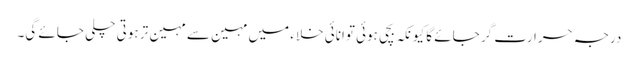
درجہ حرارت گر جائے گا کیونکہ بچی ہوئی توانائی خلاء میں مہین سے مہین تر ہوتی چلی جائے گی۔